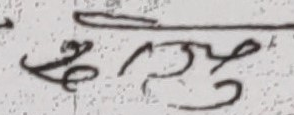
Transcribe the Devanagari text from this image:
सुप्रभु